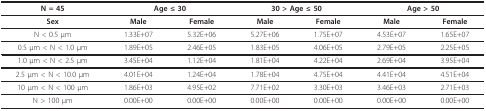
| N = 45 | <COLSPAN=2> Age ≤ 30 | <COLSPAN=2> 30 > Age ≤ 50 | <COLSPAN=2> Age > 50 |
 | --- | --- | --- | --- | --- | --- | --- |
 | Sex | Male | Female | Male | Female | Male | Female |
 | N < 0.5 μm | 1.33E+07 | 5.32E+06 | 5.27E+06 | 1.75E+07 | 4.53E+07 | 1.65E+07 |
 | 0.5 μm < N < 1.0 μm | 1.89E+05 | 2.46E+05 | 1.83E+05 | 4.06E+05 | 2.79E+05 | 2.25E+05 |
 | 1.0 μm < N < 2.5 μm | 3.45E+04 | 1.12E+04 | 1.81E+04 | 4.22E+04 | 2.69E+04 | 3.95E+04 |
 | 2.5 μm < N < 10.0 μm | 4.01E+04 | 1.24E+04 | 1.78E+04 | 4.75E+04 | 4.41E+04 | 4.51E+04 |
 | 10 μm < N < 100 μm | 1.86E+03 | 4.95E+02 | 7.71E+02 | 3.30E+03 | 3.46E+03 | 2.71E+03 |
 | N > 100 μm | 0.00E+00 | 0.00E+00 | 0.00E+00 | 0.00E+00 | 0.00E+00 | 0.00E+00 |